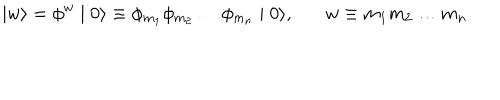
\mid w \rangle = \phi ^ { w } \mid 0 \rangle \equiv \phi _ { m _ { 1 } } \phi _ { m _ { 2 } } \ldots \phi _ { m _ { n } } \mid 0 \rangle , w \equiv m _ { 1 } m _ { 2 } \ldots m _ { n }